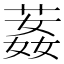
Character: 葌